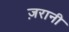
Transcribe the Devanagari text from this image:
ज़रानी